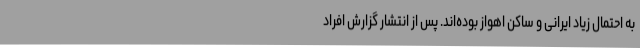
به احتمال زیاد ایرانی و ساکن اهواز بوده‌اند. پس از انتشار گزارش افراد